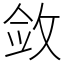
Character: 敛